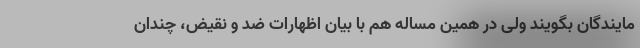
مایندگان بگویند ولی در همین مساله هم با بیان اظهارات ضد و نقیض، چندان